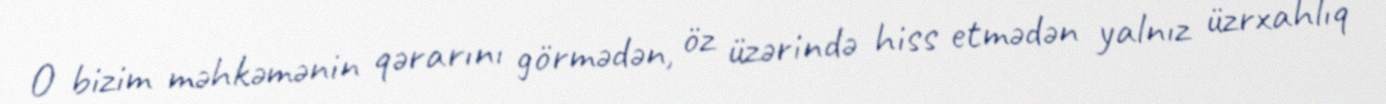
O bizim məhkəmənin qərarını görmədən, öz üzərində hiss etmədən yalnız üzrxahlıq